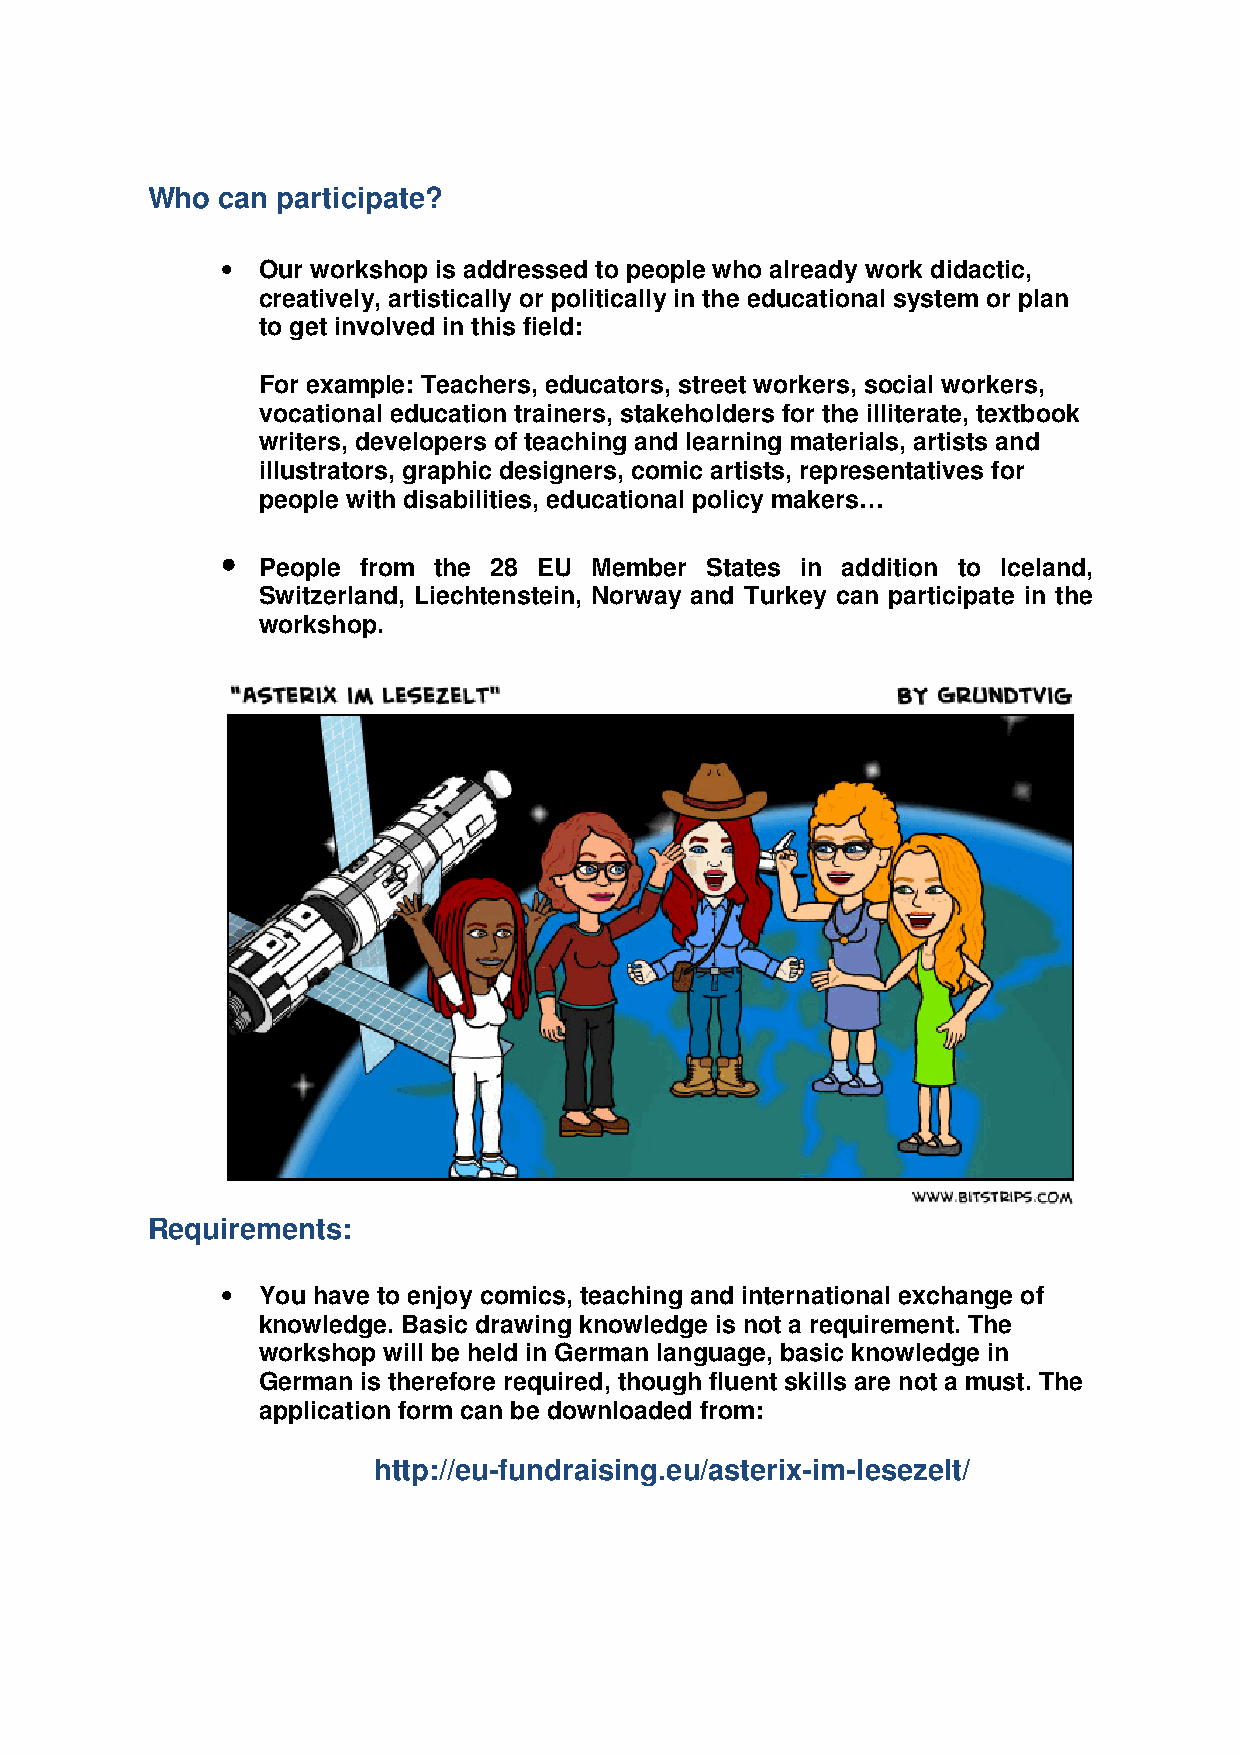
Who can participate?
 • Our workshop is addressed to people who already work didactic,
 creatively, artistically or politically in the educational system or plan
 to get involved in this field:
 For example: Teachers, educators, street workers, social workers,
 vocational education trainers, stakeholders for the illiterate, textbook
 writers, developers of teaching and learning materials, artists and
 illustrators, graphic designers, comic artists, representatives for
 people with disabilities, educational policy makers…
 •
 People from the 28 EU Member  States in addition to Iceland,
 Switzerland, Liechtenstein, Norway and Turkey can participate in the
 workshop.
 Requirements:
 • You have to enjoy comics, teaching and international exchange of
 knowledge. Basic drawing knowledge is not a requirement. The
 workshop will be held in German language, basic knowledge in
 German is therefore required, though fluent skills are not a must. The
 application form can be downloaded from:
 http://eu-fundraising.eu/asterix-im-lesezelt/